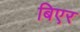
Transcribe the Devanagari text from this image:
बिएर